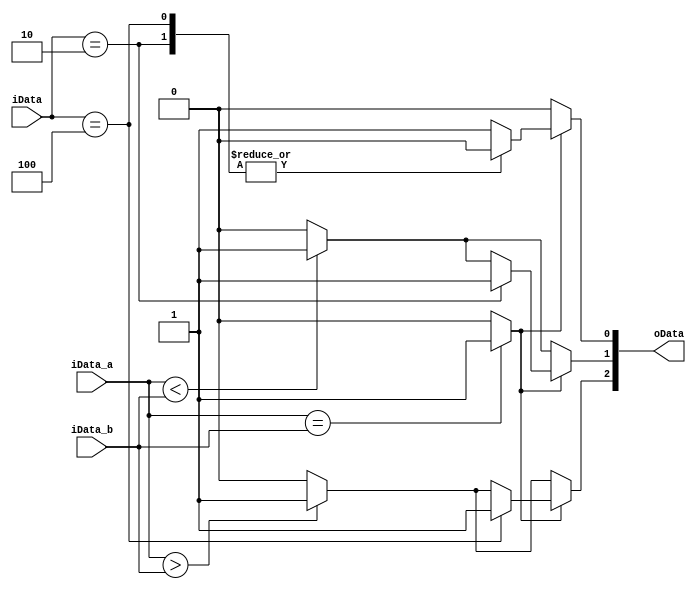
`timescale 1ns / 1ps
//////////////////////////////////////////////////////////////////////////////////
// Company: 
// Engineer: 
// 
// Design Name: 
// Module Name: compare_4
// Project Name: 
// Target Devices: 
// Tool Versions: 
// Description: 
// 
// Dependencies: 
// 
// Revision:
// Revision 0.01 - File Created
// Additional Comments:
// 
//////////////////////////////////////////////////////////////////////////////////


module compare_4(
	input [3:0] iData_a,
	input [3:0] iData_b, 
	input [2:0] iData,
	output [2:0] oData 
    );
	 
	 reg eq,gt,lt;
	 assign oData[2]=gt;
	 assign oData[1]=lt;
	 assign oData[0]=eq;
	 
	 
	 always @(*)
	 begin
		eq = (iData_a == iData_b)? 1:0;
		gt = (iData_a > iData_b)? 1:0;
		lt = (iData_a < iData_b)? 1:0;
		
		if(eq)
		begin
			eq = 0;
			case(iData)
				3'b100: gt = 1;
				3'b010: lt = 1;
				3'b001: eq = 1;
				default:eq = 1;
			endcase
		end 
	 end

endmodule